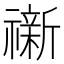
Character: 𮵟